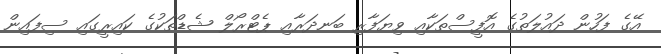
އޭގެ ފަހުން ދައުލަތުގެ އޮފީސްތަކާއި ވިޔަފާރި ބަނދަރާއި ޕެޓްރޯލް ޝެޑްތަކުގެ ކައިރީގައި ސިފައިން